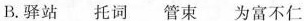
B.驿站 托词 管束 为富不仁